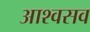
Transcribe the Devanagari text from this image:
आश्वसव